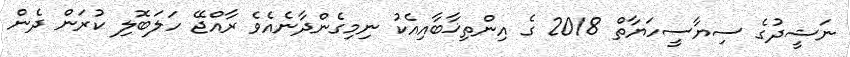
ނަޝީދުގެ ސިޔާސީހަޔާތް 2018 ގެ އިންތިޚާބާއިއެކު ނިމިގެންދާނެއެވެ ރާއްޖޭ ހަލަބޮލި ކުރަން ދެން